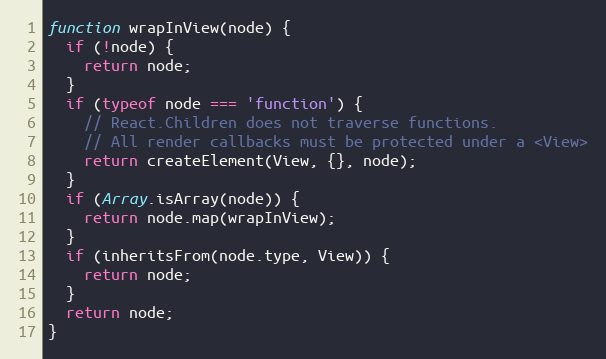
Language: JavaScript
function wrapInView(node) {
  if (!node) {
    return node;
  }
  if (typeof node === 'function') {
    // React.Children does not traverse functions.
    // All render callbacks must be protected under a <View>
    return createElement(View, {}, node);
  }
  if (Array.isArray(node)) {
    return node.map(wrapInView);
  }
  if (inheritsFrom(node.type, View)) {
    return node;
  }
  return node;
}